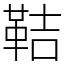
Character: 鞊